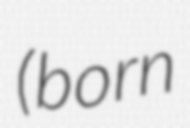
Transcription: (born